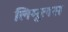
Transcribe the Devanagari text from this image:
लिमूलस